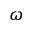
\omega